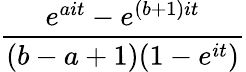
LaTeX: \frac{e^{ait}-e^{(b+1)it}}{(b-a+1)(1-e^{it})}